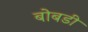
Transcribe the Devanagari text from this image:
बोबडी